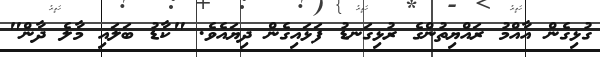
ގުޅިގެން އާއްމު ރައްޔިތުންގެ ރުޅިގަނޑު ފަޅައިގެން ދިޔައެވެ. "ކާޑު ބަލައި މާލެ ދާން"